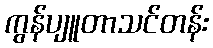
ကွန်ပျူတာသင်တန်း